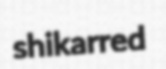
shikarred